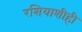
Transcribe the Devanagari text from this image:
रशियाशीही